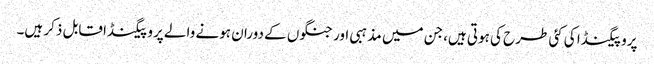
پروپیگنڈا کی کئی طرح کی ہوتی ہیں،جن میں مذہبی اور جنگوں کے دوران ہونے والے پروپیگنڈا قابل ذکر ہیں۔